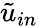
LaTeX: \tilde{u}_{in}